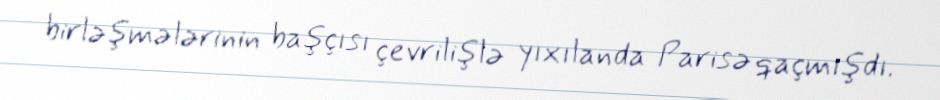
birləşmələrinin başçısı çevrilişlə yıxılanda Parisə qaçmışdı.